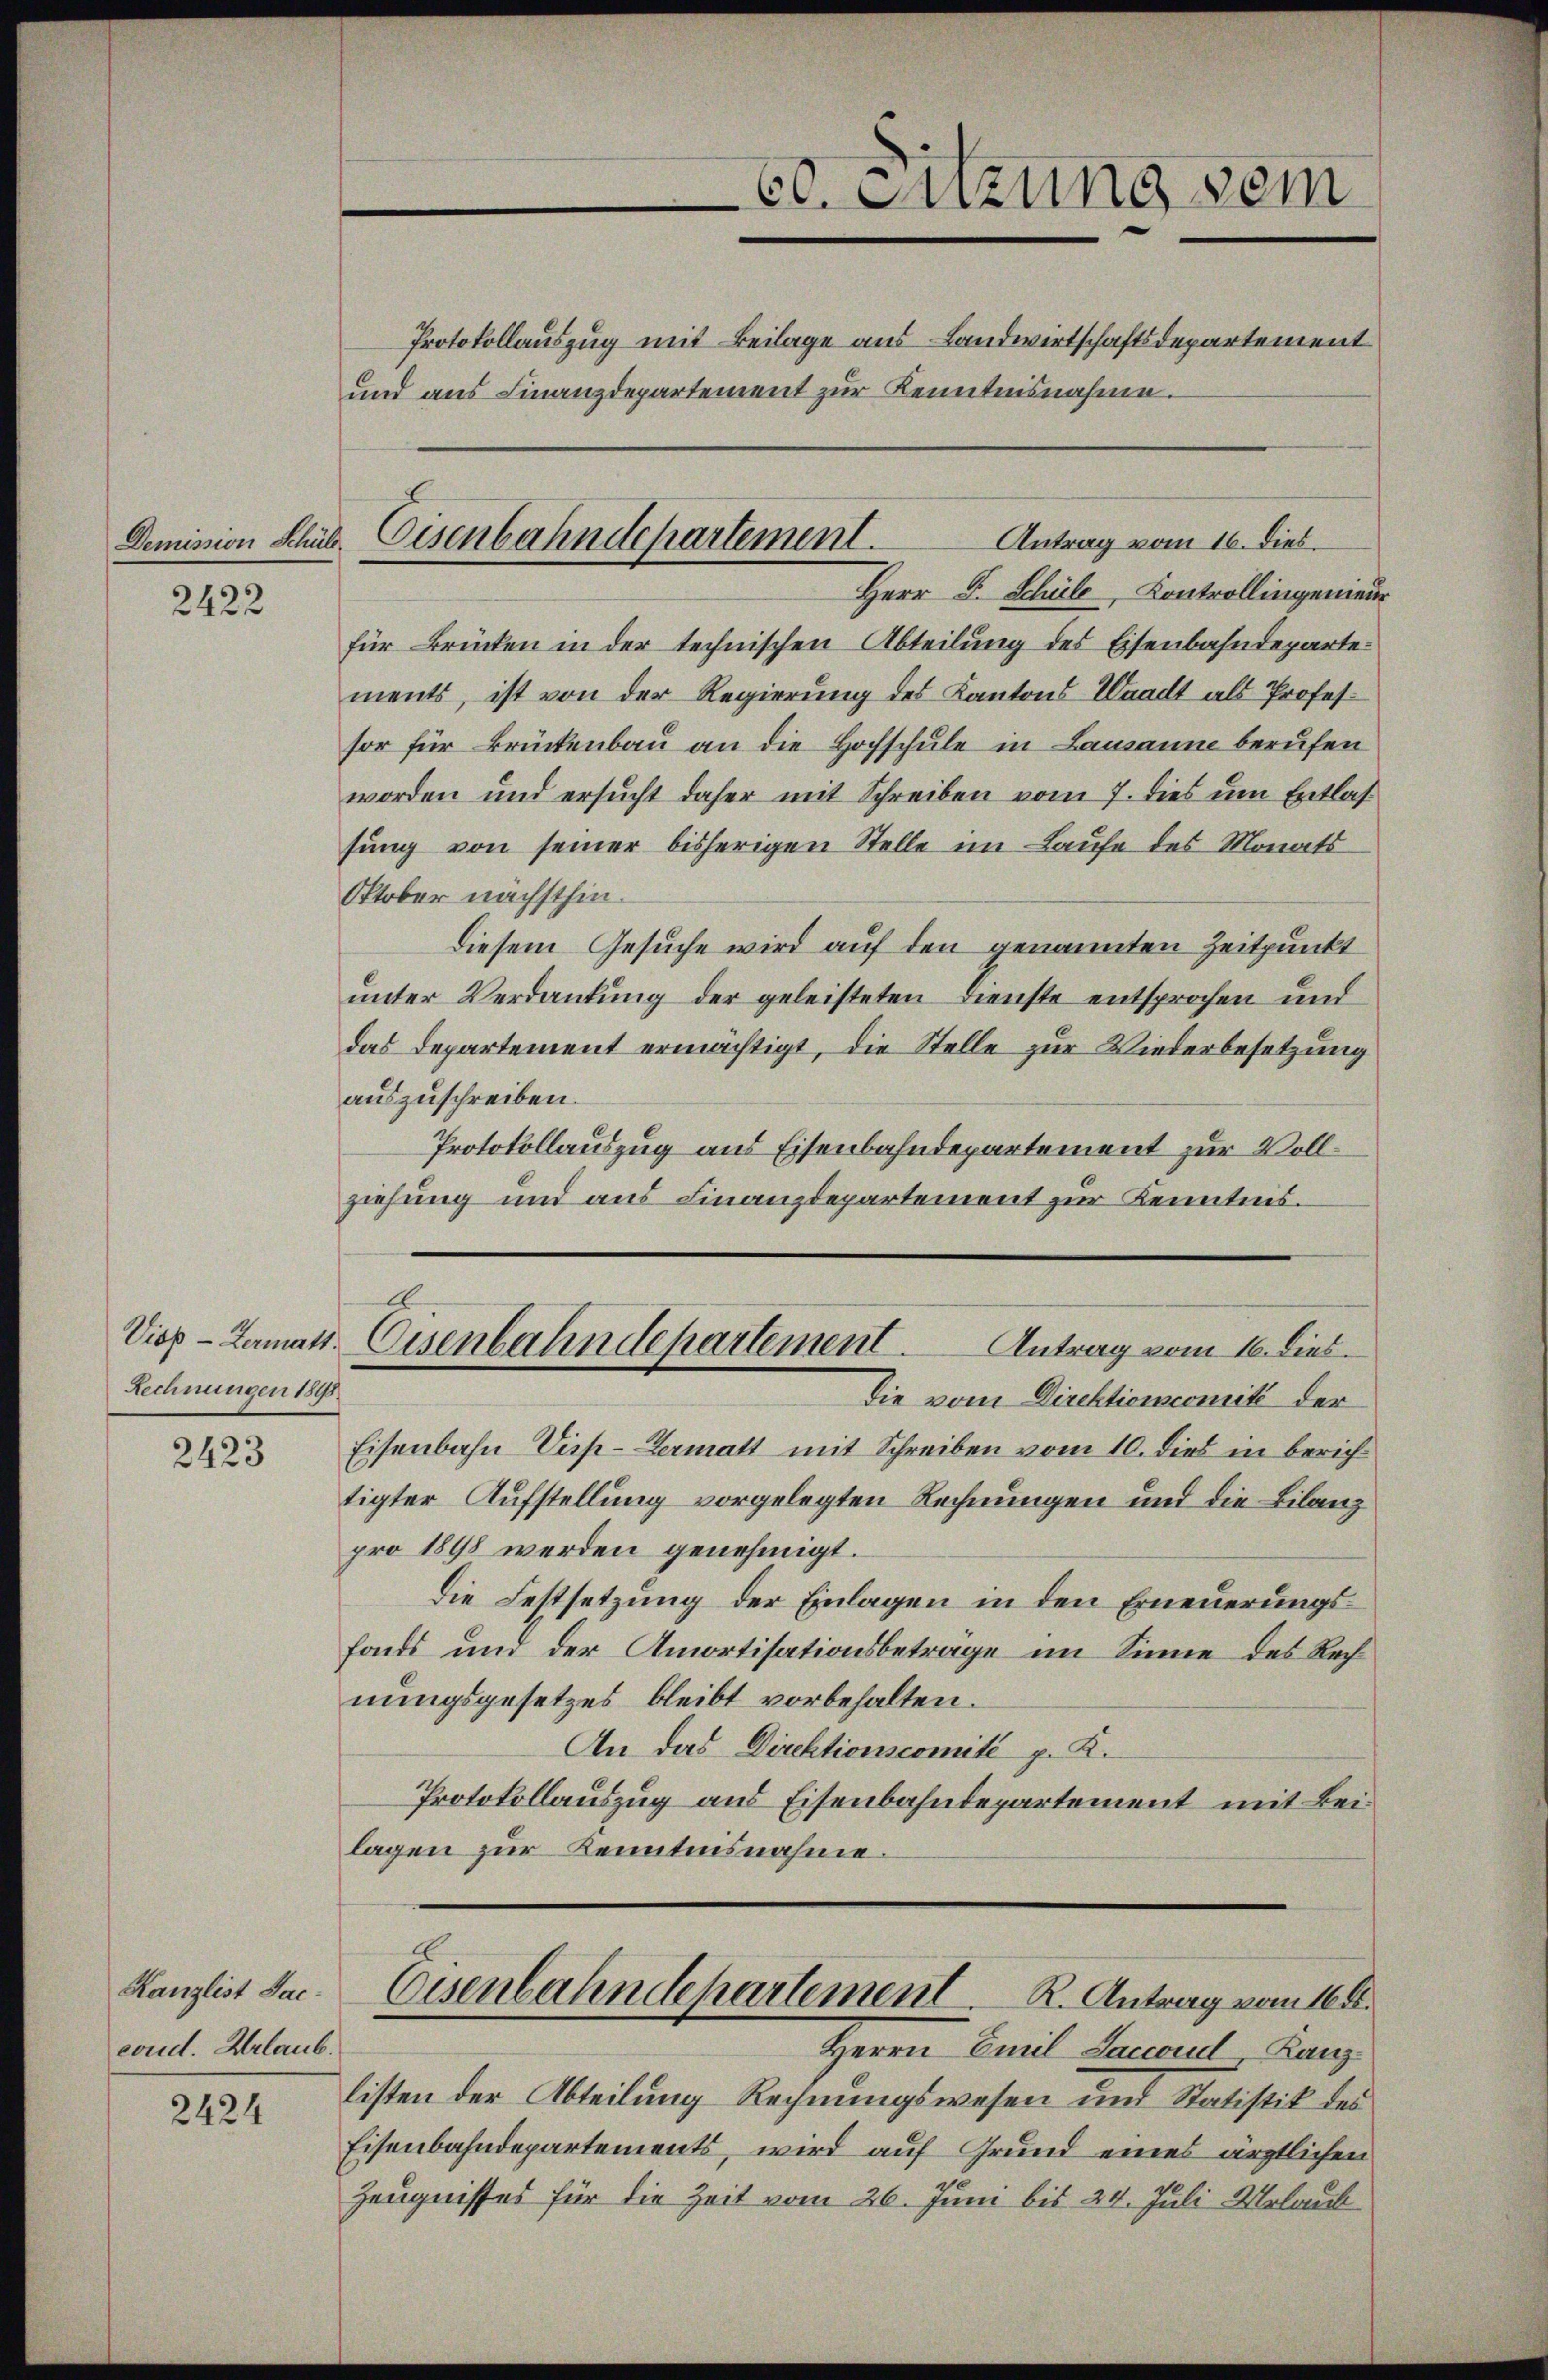
2422

2423

Kanzlist Sac
coud. Urlaub.

2424

Rechnungen 1818.

Herr F. Schule, Kontrollingenieur
für Brücken in der technischen Abteilung des Eisenbahndeparte
ments, ist von der Regierung des Kantons Waadt als Professor für Brückenbau an die Hochschule in Lausanne berufen
worden und ersucht daher mit Schreiben vom 7. dies um Entlassung von seiner bisherigen Stelle im Laufe des Monats
Oktober nächsthin¬
Diesem Gesuche wird auf den genannten Zeitpunkt
unter Verdankung der geleisteten Dienste entsprochen und
das Departement ermächtigt, die Stelle zur Wiederbesetzung
auszuschreiben.
Protokollauszug aus Eisenbahndepartement zur Vollziehung und aus Finanzdepartement zur Kenntnis.
A
Viep- Lanats Eisenbahndepartement. Antrag vom 16. dies
Die vom Direktionscomité der
Eisenbahn-Vieh-Vermatt mit Schreiben vom 10. dies in berichtigter Aufstellung vorgelegten Rechnungen und die Bilanz
pro 1898 werden genehmigt.
die Festsetzung der Einlagen in den Erneuerungsfonds und der Amortisationsbeträge im Sinne des Rechnungsgesetzes bleibt vorbehalten.
An das Direktionscomité p. K.
Protokollauszug aus Eisenbahndepartement mit Beilagen zur Kenntnisnahme.

60. Setzung vom
Protokollauszug mit Beilage aus Landwirtschaftsdepartement
und aus Finanzdepartement zur Kenntnisnahme.

Antrag vom 16. Dies
Demission Schub Eisenbahndepartement.

Eisenbahndepartement. K. Antrag vom 16ten

Herrn Emil Laccord Kanzlisten der Abteilung Rechnungswesen und Statistik des
Eisenbahndepartements, wird auf Grund eines ärztlichen
Zeugnisses für die Zeit vom 26. Juni bis 24. Juli Urlaub